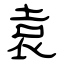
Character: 袁